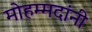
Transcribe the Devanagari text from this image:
मोहम्मदांनी